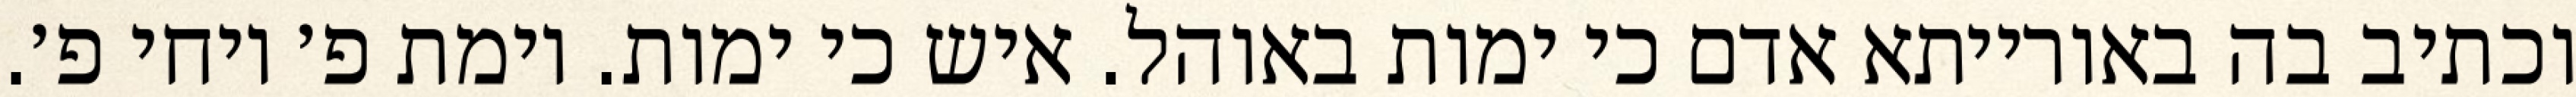
וכתיב בה באורייתא אדם כי ימות באוהל. איש כי ימות. וימת פ׳ ויחי פ׳.